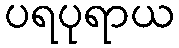
ပရပုရာယ